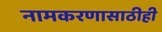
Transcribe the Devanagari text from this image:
नामकरणासाठीही